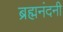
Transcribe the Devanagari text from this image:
ब्रह्मनंदनी